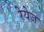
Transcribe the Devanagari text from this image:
रेयेज